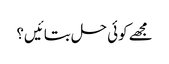
مجھے کوئی حل بتائیں؟